Plague in India, 1896, 1897 - Volume 1
Year: 1896
Disease focus: Plague
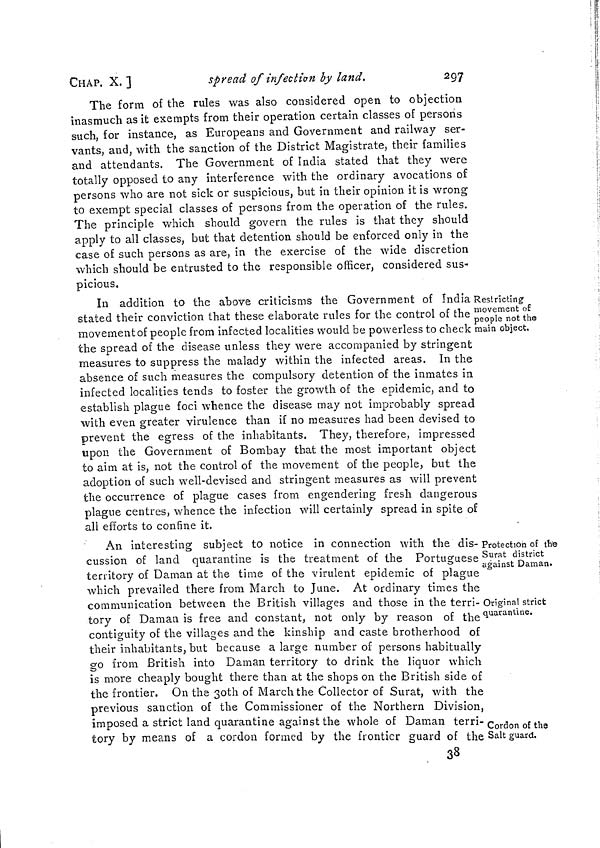
CHAP. X. ]
spread of infection by land.
297
The form of the rules was also considered open to objection
inasmuch as it exempts from their operation certain classes of persons
such, for instance, as Europeans and Government and railway ser-
vants, and, with the sanction of the District Magistrate, their families
and attendants. The Government of India stated that they were
totally opposed to any interference with the ordinary avocations of
persons who are not sick or suspicious, but in their opinion it is wrong
to exempt special classes of persons from the operation of the rules.
The principle which should govern the rules is that they should
apply to all classes, but that detention should be enforced only in the
case of such persons as are, in the exercise of the wide discretion
which should be entrusted to the responsible officer, considered sus-
picious.
Restricting
movement of
people not the
main object.
In addition to the above criticisms the Government of India
stated their conviction that these elaborate rules for the control of the
movement of people from infected localities would be powerless to check
the spread of the disease unless they were accompanied by stringent
measures to suppress the malady within the infected areas. In the
absence of such measures the compulsory detention of the inmates in
infected localities tends to foster the growth of the epidemic, and to
establish plague foci whence the disease may not improbably spread
with even greater virulence than if no measures had been devised to
prevent the egress of the inhabitants. They, therefore, impressed
upon the Government of Bombay that the most important object
to aim at is, not the control of the movement of the people, but the
adoption of such well-devised and stringent measures as will prevent
the occurrence of plague cases from engendering fresh dangerous
plague centres, whence the infection will certainly spread in spite of
all efforts to confine it.
Protection of the
Surat district
against Daman.
Original strict
quarantine.
Cordon of the
Salt guard.
An interesting subject to notice in connection with the dis-
cussion of land quarantine is the treatment of the Portuguese
territory of Daman at the time of the virulent epidemic of plague
which prevailed there from March to June. At ordinary times the
communication between the British villages and those in the terri-
tory of Daman is free and constant, not only by reason of the
contiguity of the villages and the kinship and caste brotherhood of
their inhabitants, but because a large number of persons habitually
go from British into Daman territory to drink the liquor which
is more cheaply bought there than at the shops on the British side of
the frontier. On the 30th of March the Collector of Surat, with the
previous sanction of the Commissioner of the Northern Division,
imposed a strict land quarantine against the whole of Daman terri-
tory by means of a cordon formed by the frontier guard of the
38